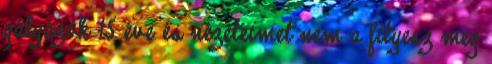
gályázok 15 éve és nézeteimet nem a fityesz meg